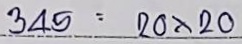
345 = 20 x 20